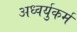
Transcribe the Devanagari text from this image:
अध्वर्युकर्म